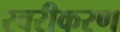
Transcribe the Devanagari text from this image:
स्वरीकरण